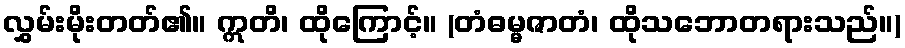
လွှမ်းမိုးတတ်၏။ ဣတိ၊ ထိုကြောင့်။ (တံဓမ္မဇာတံ၊ ထိုသဘောတရားသည်။)